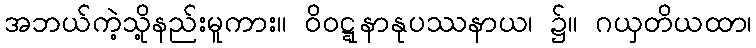
အဘယ်ကဲ့သို့နည်းမူကား။ ဝိဝဋ္ဋနာနုပဿနာယ၊ ၌။ ဂယှတိယထာ၊